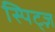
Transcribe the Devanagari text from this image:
स्पिट्ज़